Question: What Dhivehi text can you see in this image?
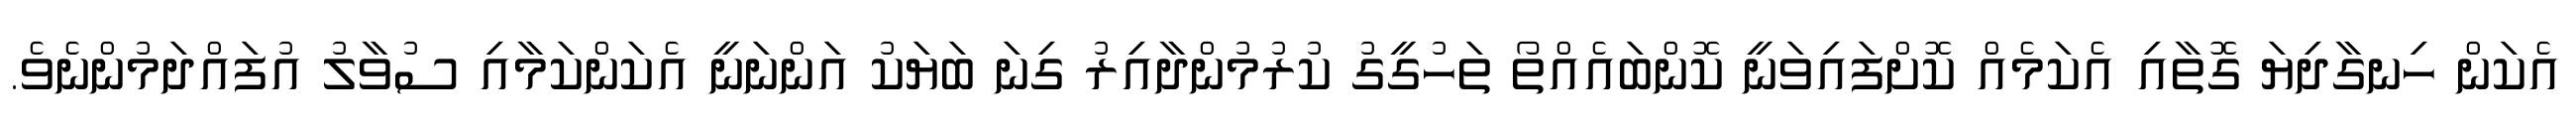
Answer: އެކަން ހިނގާދިޔަ ގޮތާއި އެކަމެއް ކޮށްފައިވަނީ ކޮންބައެއްތޯ ތަހުގީގު ކުރުމުންދާއިރު ގިނަ ބަޔަކު އަންނަނީ އެކަންކަމާއި ސުވާލު އުފައްދަމުންނެވެ.